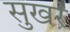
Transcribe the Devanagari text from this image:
सुखर